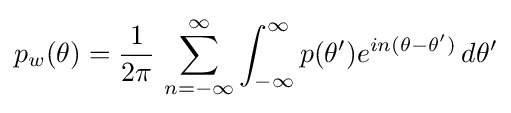
p_{w}(\theta )={\frac {1}{2\pi }}\,\sum _{n=-\infty }^{\infty }\int _{-\infty }^{\infty }p(\theta ')e^{in(\theta -\theta ')}\,d\theta '